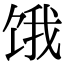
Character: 饿